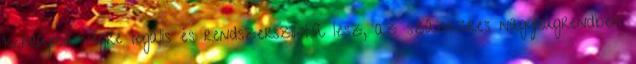
korrupció végre legális és rendszerszintű lesz, az százezres nagyságrendben